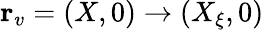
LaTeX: {\mathbf r}_{v}=(X,0)\to(X_{\xi},0)